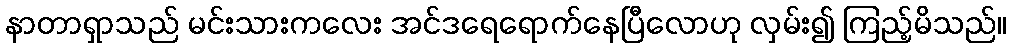
နာတာရှာသည် မင်းသားကလေး အင်ဒရေရောက်နေပြီလောဟု လှမ်း၍ ကြည့်မိသည်။